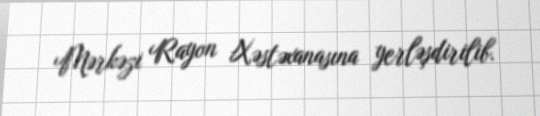
Mərkəzi Rayon Xəstəxanasına yerləşdirilib.